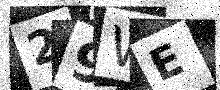
Text: 29WE